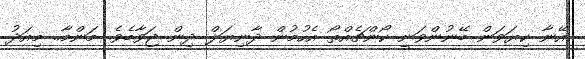
އޭނާ ކިޔަވަން ބޭނުންވަނީ ކޯންޗެއްތޯ އެހުމުން ދާނިޔަލް ދިން ޖަވާބެވެ. މަންމާ.. މިއަދު